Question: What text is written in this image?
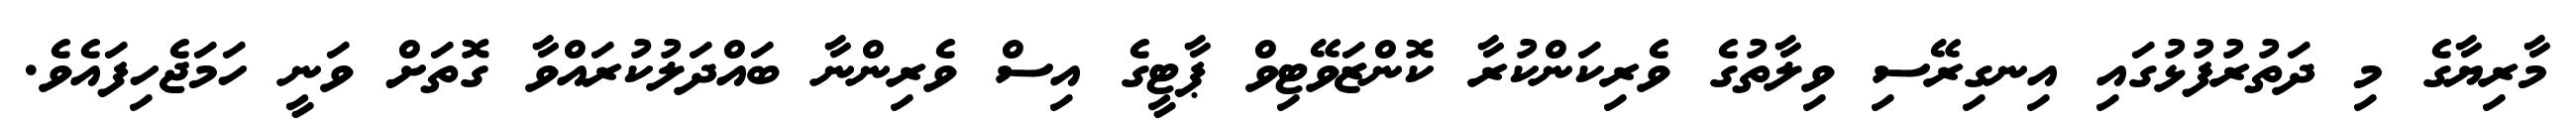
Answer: މާރިޔާގެ މި ދަތުރުފުޅުގައި އިނގިރޭސި ވިލާތުގެ ވެރިކަންކުރާ ކޮންޒަވޭޓިވް ޕާޓީގެ އިސް ވެރިންނާ ބައްދަލުކުރައްވާ ގޮތަށް ވަނީ ހަމަޖެހިފައެވެ.